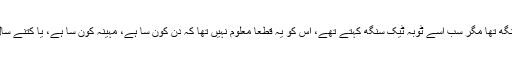
اس کا نام بشن سنگھ تھا مگر سب اسے ٹوبہ ٹیک سنگھ کہتے تھے، اس کو یہ قطعاً معلوم نہیں تھا کہ دن کون سا ہے، مہینہ کون سا ہے، یا کتنے سال بیت چکے ہیں۔